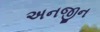
અનજીન